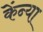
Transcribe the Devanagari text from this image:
केंन्या